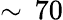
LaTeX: \sim\, 70